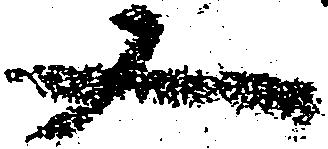
又